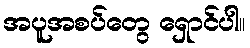
အပူအစပ်တွေ ရှောင်ပါ။